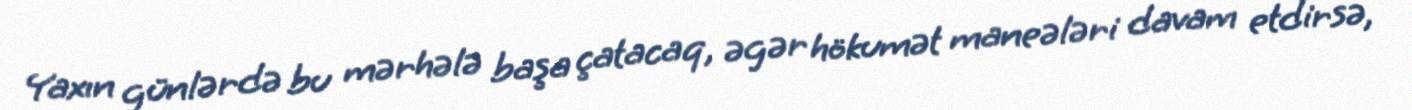
Yaxın günlərdə bu mərhələ başa çatacaq, əgər hökumət maneələri davam etdirsə,